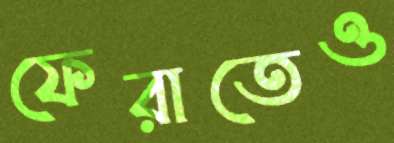
ফেরাতেও